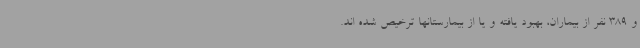
و 389 نفر از بیماران، بهبود یافته و یا از بیمارستانها ترخیص شده اند.